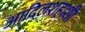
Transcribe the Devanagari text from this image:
आदिलशहाशी